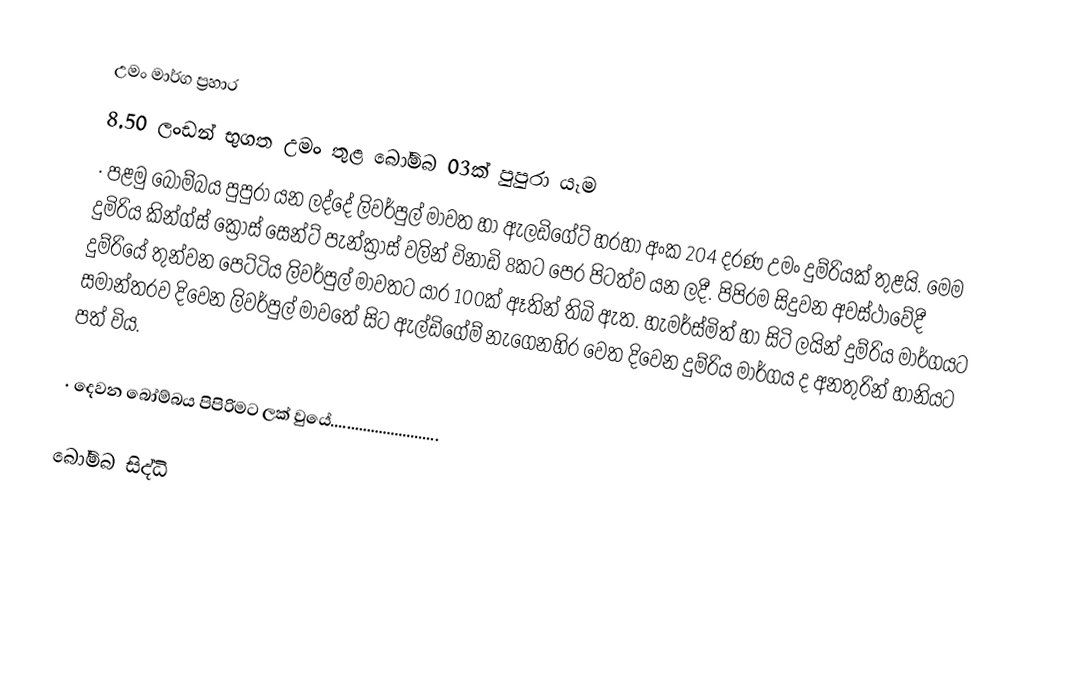
උමං මාර්ග ප්‍රහාර
8.50 ලංඩන් භුගත උමං තුළ බෝම්බ 03ක් පුපුරා යෑම
·	පළමු බෝම්බය පුපුරා යන ලද්දේ ලිවර්පුල් මාවත හා ඇලඩිගේට් හරහා අංක 204 දරණ උමං දුම්රියක් තුළයි. මෙම දුමිරිය කින්ග්ස් ක්‍රෝස් සෙන්ට් පැන්ක්‍රාස් වලින් විනාඩි 8කට පෙර පිටත්ව යන ලදී. පිපිරම සිදුවන අවස්ථාවේදී දුම්රියේ තුන්වන පෙට්ටිය ලිවර්පුල් මාවතට යාර 100ක් ඈතින් තිබි ඇත. හැමර්ස්මිත් හා සිටි ලයින් දුම්රිය මාර්ගයට සමාන්තරව දිවෙන ලිවර්පුල් මාවතේ සිට ඇල්ඩිගේම් නැගෙනහිර වෙත දිවෙන දුම්රිය මාර්ගය ද අනතුරින් හානියට පත් විය.

·	දෙවන බෝම්බය පිපිරිමට ලක් වුයේ...........................

බෝම්බ සිද්ධි